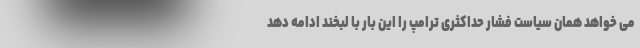
می خواهد همان سیاست فشار حداکثری ترامپ را این بار با لبخند ادامه دهد